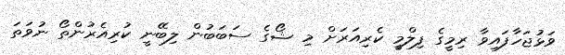
ވަޅުޖަހާފައިވާ ރިމީގެ ފިލްމީ ކެރިއަރަށް މި ޝޯގެ ސަބަބުން ލިބޭނީ ކުރިއެރުންތޯ ނުވަތަ